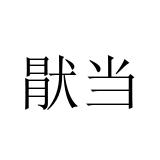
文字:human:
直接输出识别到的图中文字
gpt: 猒当